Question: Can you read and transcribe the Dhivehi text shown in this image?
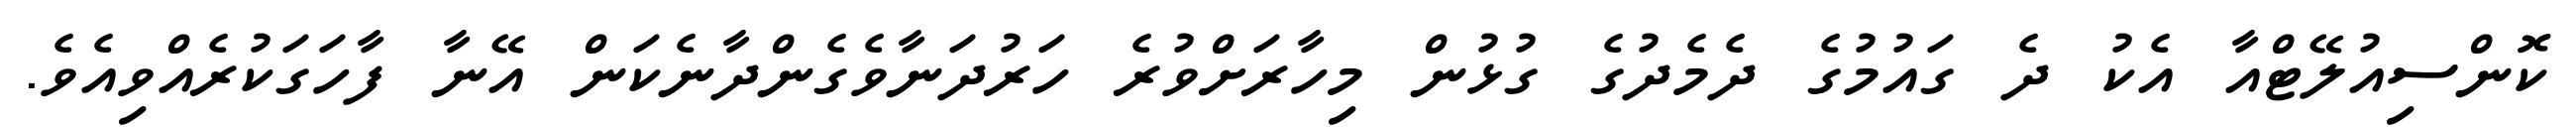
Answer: ކޮންސިއުލޭޓްއާ އެކު ދެ ގައުމުގެ ދެމެދުގެ ގުޅުން މިހާރަށްވުރެ ހަރުދަނާވެގެންދާނެކަން އޭނާ ފާހަގަކުރެއްވިއެވެ.